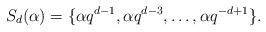
LaTeX: \begin{align*}S_d(\alpha) = \lbrace\alpha q^{d-1}, \alpha q^{d-3}, \ldots, \alpha q^{-d+1}\rbrace.\end{align*}